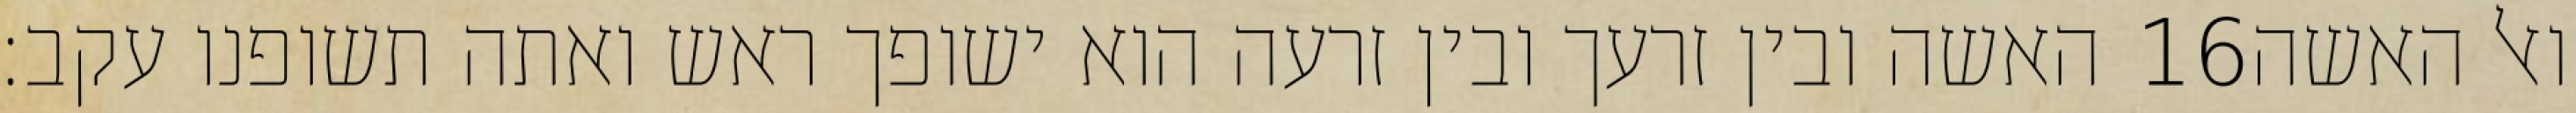
האשה ובין זרעך ובין זרעה הוא ישופך ראש ואתה תשופנו עקב׃ ‎16‏ ואל האשה